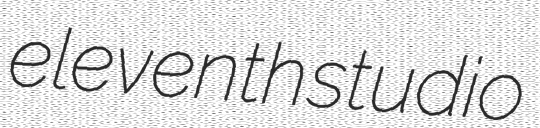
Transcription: eleventh studio